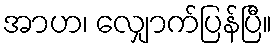
အာဟ၊ လျှောက်ပြန်ပြီ။